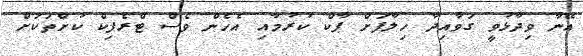
އޭނާ ވިދާޅުވީ ގަވާއިދާ ހިލާފަށް ޕާކް ކުރުމާއި އެހެން ވެސް ޓްރެފިކް ކުށްތަކަށް